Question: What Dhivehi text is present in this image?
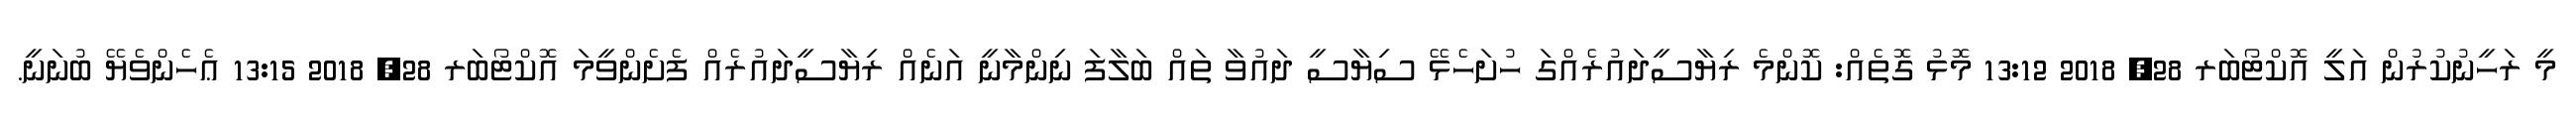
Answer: މީ ރަހީނުކުރުން އަލީ އޮކްޓޯބަރ 28, 2018 13:12 މޮޅު ގޮތެއް: ކޮންމެ ރިޔާސީދައުރެއްގަ ހުށަހެޅޭ ސިޔާސީ ދައުވާ ތައް ބަލާފަ ނިންމާނީ އަނެއް ރިޔާސީދައުރެއް ފެށެންވީމަ އޮކްޓޯބަރ 28, 2018 13:15 ޢެހެންވެޔޭ ބުނަނީ.